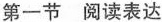
第一节 阅读表达